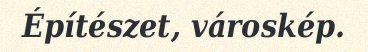
Építészet, városkép.